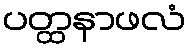
ပတ္ထနာဖလံ